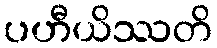
ပဟီယိဿတိ